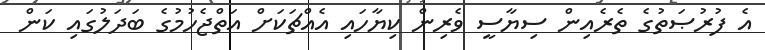
އެ ފުރުޞަތުގެ ތެރެއިން ސިޔާސީ ވެރިން ކިޔާހައި އެއްޗަކަށް އަތްޖެހުމުގެ ބަދަލުގައި ކަން